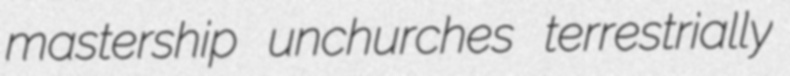
mastership unchurches terrestrially